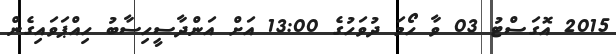
2015 އޮގަސްޓު 03 ވާ ހޯމަ ދުވަހުގެ 13:00 އަށް އަންދާސީހިސާބު ހިއްޕަވައިގެން